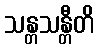
သန္တသန္တီတိ